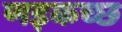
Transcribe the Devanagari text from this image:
णइकच्छ